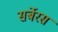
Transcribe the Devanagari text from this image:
सर्बेरस